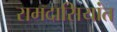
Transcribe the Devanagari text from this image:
रामदासियांत